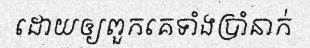
ដោយឲ្យពួកគេទាំងប្រាំនាក់